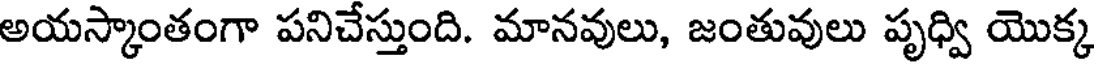
అయస్కాంతంగా పనిచేస్తుంది. మానవులు, జంతువులు పృధ్వి యొక్క